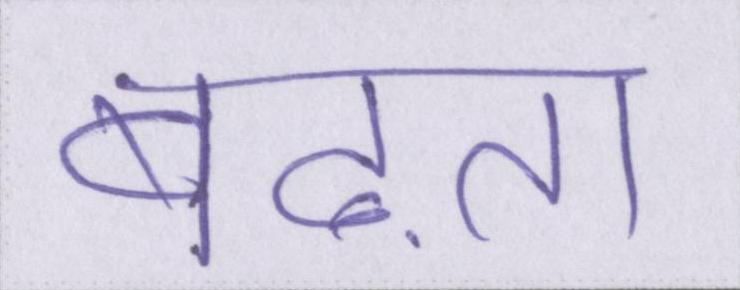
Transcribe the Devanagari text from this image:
बढ़ाता